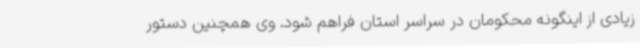
زیادی از اینگونه محکومان در سراسر استان فراهم شود. وی همچنین دستور